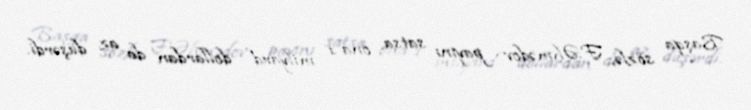
Başqa sözlə, F.Əhmədov payını satsa, ona 1 milyard dollardan da az düşərdi.